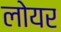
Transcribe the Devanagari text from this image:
लोयर